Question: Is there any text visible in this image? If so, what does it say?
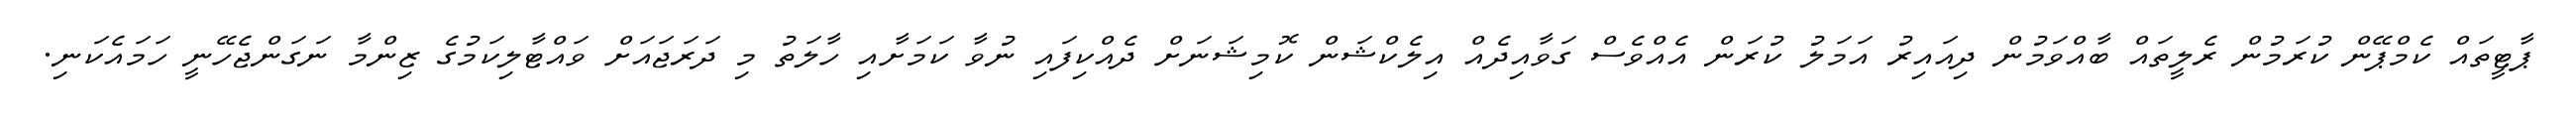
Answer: ޕާޓީތައް ކެމްޕޭން ކުރަމުން ރެލީތައް ބާއްވަމުން ދިއައިރު އަމަލު ކުރަން އެއްވެސް ގަވާއިދެއް އިލެކްޝަން ކޮމިޝަނަށް ދެއްކިފައި ނުވާ ކަމަށާއި ހާލަތު މި ދަރަޖައަށް ވައްޓާލިކަމުގެ ޒިންމާ ނަގަންޖެހޭނީ ހަމައެކަނި.